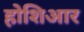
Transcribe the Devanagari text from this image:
होशिआर